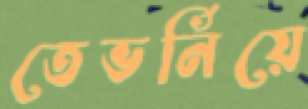
তেভর্নিয়ে